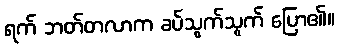
ရက် ဘတ်တလာက ခပ်သွက်သွက် ပြော၏။